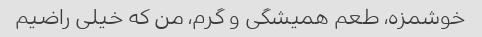
خوشمزه، طعم همیشگی و گرم، من که خیلی راضیم